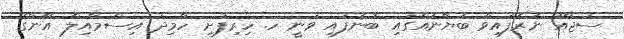
ސުޖާއު ނެރެފައިވާ ބަޔާނެއްގައި ބުނެފައި ވަނީ ހ. ހިރިފުށި ހާމިދު އިސްމާއިލް އޭނާގެ